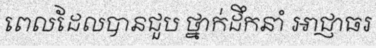
ពេលដែលបានជួប ថ្នាក់ដឹកនាំ អាជ្ញាធរ